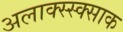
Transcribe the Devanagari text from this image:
अलाक्स्स्क्साक